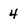
Character: 4